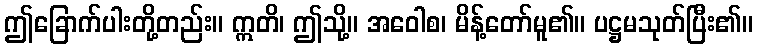
ဤခြောက်ပါးတို့တည်း။ ဣတိ၊ ဤသို့။ အဝေါစ၊ မိန့်တော်မူ၏။ ပဋ္ဌမသုတ်ပြီး၏။